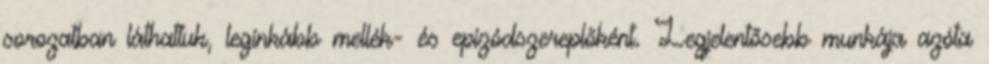
sorozatban láthattuk, leginkább mellék- és epizódszereplőként. Legjelentősebb munkája azóta